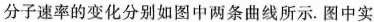
分子速率的变化分别如图中两条曲线所示。图中实